Account of plague administration in the Bombay Presidency from September 1896 till May 1897
Year: 1896
Disease focus: Plague
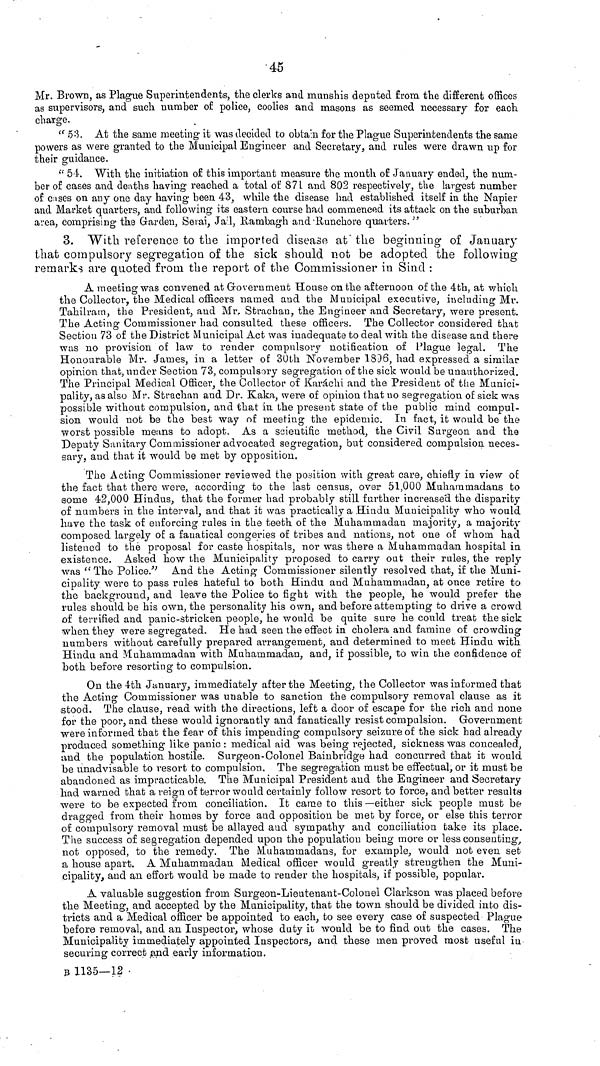
45
Mr. Brown, as Plague Superintendents, the clerics and munshis deputed from the different offices
as supervisors, and such number of police, coolies and masons as seemed necessary for each
charge.
t( 53. At the same meeting it was decided to obtain for the Plague Superintendents the same
powers as were granted to the Municipal Engineer and Secretary, and rules were drawn up for
their guidance.
" 54. With the initiation of this important measure the mouth of January ended, the num-
ber of cases and deaths having reached a total of 871 and 802 respectively, the largest number
of c:ises on any one day having been 43, while the disease had established itself in the Napier
and Market quarters, and following its eastern course had commenced its attack on the suburban
area, comprising the Garden, Serai, Ja : l, Rambagh and Runchore quarters."
3. With reference to the imported disease at' the beginning of January
that compulsory segregation of the sick should not be adopted the following
remarks are quoted from the report of the Commissioner in Sincl :
A meeting was convened at Government House on the afternoon of the 4th, at which
the Collector, the Medical officers named and the Municipal executive, including Mr.
Tahilram, the President, and Mr, Strachau, the Engineer and Secretary, were present.
The Acting Commissioner had consulted these officers. The Collector considered that
Section 73 of the District Municipal Act was inadequate to deal with the disease and there
was no provision of law to render compulsory notification of Plague legal. The
Honourable Mr. James, in a letter of 30th November 1836, had expressed a similar
opinion that, under Section 73, compulsory segregation of the sick would be unauthorized.
The Principal Medical Officer, the Collector of Karachi and the President of the Munici-
pality, as also Mr. Strachan and Dr. Kaka, were of opinion that no segregation of sick was
possible without compulsion, and that in the present state of the public mind compul-
sion would not be the best way of meeting the epidemic. In fact, it would be the
worst possible means to adopt. As a scientific method, the Civil Surgeon and the
Deputy Sanitary Commissioner advocated segregation, but considered compulsion neces-
sary, and that it would be met by opposition,
The Acting Commissioner reviewed the position with great care, chiefly in view of
the fact that there were, according to the last census, over 51,000 Muharnrnadans to
some 42,000 Hindus, that the former had probably still further increased the disparity
of numbers in the interval, and that it was practically a Hindu Municipality who would
have the task of enforcing rules in the teeth of the Muhammadan majority, a majority
composed largely of a fanatical congeries of tribes and nations, not one of whom had
listened to thè proposal for caste hospitals, nor was there a Muhammadan hospital in
existence. Asked how the Municipality proposed to carry out their rules, the reply
was "The Police/' And the Acting Commissioner silently resolved that, if the Muni-
cipality were to pass rules hateful to both Hindu and Muhammadan, at once retire to
the background, and leave the Police to fight with the people, he would prefer the
rules should be his own, the personality his own, and before attempting to drive a crowd
of terrified and panic-stricken people, he would be quite sure he could treat the sick
when they were segregated. He had seen the effect in cholera and famine of crowding
numbers without carefully prepared arrangement, and determined to meet Hindu with
Hindu and Muhammadan with Muhammadan, and, if possible, to win the confidence of
both before resorting to compulsion.
On the 4th January, immediately after the Meeting, the Collector was informed that
the Acting Commissioner was unable to sanction the compulsory removal clause as it
stood. The clause, read with the directions, left a door of escape for the rich and none
for the poor, and these would ignorantly and fanatically resist compulsion. Government
were informed that the fear of this impending compulsory seizure of the sick had already
produced something like panic : medical aid was being rejected, sickness was concealed,
•and the population hostile. Surgeon-Colonel Bainbridge had concurred that it would
be unadvisable to resort to compulsion. Tbe segregation must be effectual, or it must be
abandoned as impracticable. The Municipal President and the Engineer and Secretary
had warned that a reign of terror would certainly follow resort to force, and better results
were to be expected from conciliation. It carne to this—either sick people must be
dragged from their homes by force and opposition be met by force, or else this terror
of compulsory removal must be allayed aud sympathy and conciliation take its place.
The success of segregation depended upon the population being more or less consenting,
not opposed, to the remedy. The Muhammadans, for example, would not even set
a house apart. A Muhammadan Medical officer would greatly strengthen the Muni-
cipality, aud an effort would be made to render the hospitals, if possible, popular.
A valuable suggestion from Surgeon-Lieutenant-Colonel Clarkson was placed before
the Meeting, and accepted by the Municipality, that the town should be divided into dis-
tricts and a Medical officer be appointed to each, to see every case of suspected Plague
before removal, and an Inspector, whose duty it would be to find out the cases. The
Municipality immediately appointed Inspectors, and these men proved most useful in
securing correct and early information.
ρ 1135—12